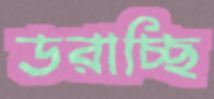
ডরাচ্ছি